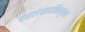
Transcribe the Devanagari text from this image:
कस्तोक्लाविक्युलर